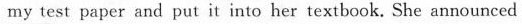
my test paper and put it into her textbook. She announced